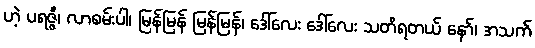
ဟဲ့ ပရဇ္ဇီ၊ လာစမ်းပါ၊ မြန်မြန် မြန်မြန်၊ ဒေါ်လေး ဒေါ်လေး သတိရတယ် နော်၊ အသက်